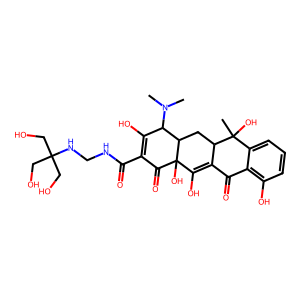
SMILES: CN(C)C1C(O)=C(C(=O)NCNC(CO)(CO)CO)C(=O)C2(O)C(O)=C3C(=O)c4c(O)cccc4C(C)(O)C3CC12
Inhibits HIV replication: No